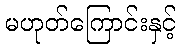
မဟုတ်ကြောင်းနှင့်